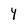
Character: 4